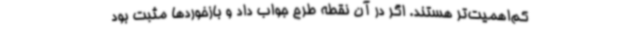
کم‌اهمیت‌تر هستند. اگر در آن نقطه طرح جواب داد و بازخوردها مثبت بود